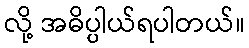
လို့ အဓိပ္ပါယ်ရပါတယ်။